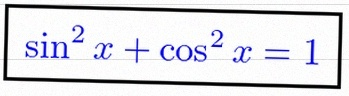
\sin^2x+\cos^2x=1